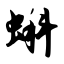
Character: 蝌